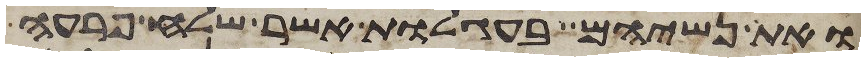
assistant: ואת נשיהם בעגלות אשר שלח פרעה